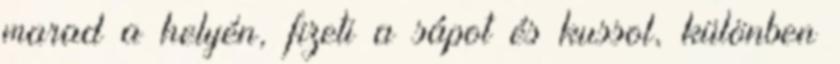
marad a helyén, fizeti a sápot és kussol, különben